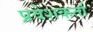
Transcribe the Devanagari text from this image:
प्रवेशकर्ता